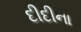
દીદીના